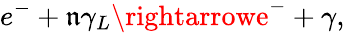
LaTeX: e^{-}+\mathfrak{n}\gamma_{L}\rightarrowe^{-}+\gamma,